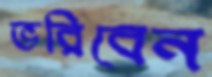
ভরিবেন